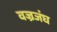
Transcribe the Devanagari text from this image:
वज्रजंघ